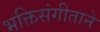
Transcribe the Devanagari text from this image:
भक्तिसंगीताने